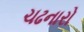
ચઢનારો